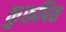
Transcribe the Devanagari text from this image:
कुरूपित